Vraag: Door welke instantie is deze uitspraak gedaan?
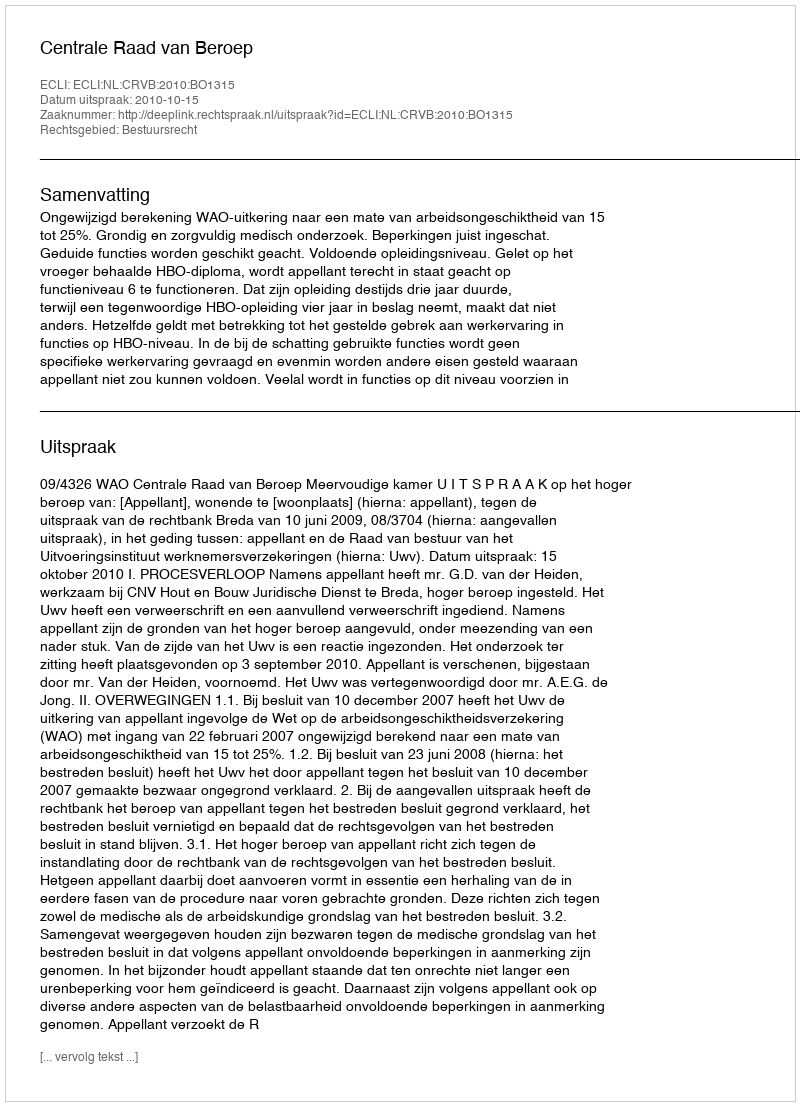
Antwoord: Centrale Raad van Beroep